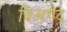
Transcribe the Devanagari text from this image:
त्रिअगेद